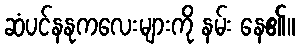
ဆံပင်နနုကလေးများကို နမ်း နေ၏။